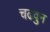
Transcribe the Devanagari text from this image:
चढवुन